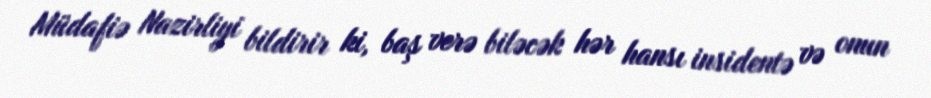
Müdafiə Nazirliyi bildirir ki, baş verə biləcək hər hansı insidentə və onun